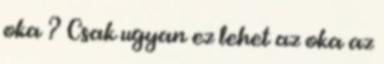
oka ? Csak ugyan ez lehet az oka az